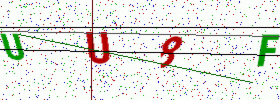
Text: UU8F